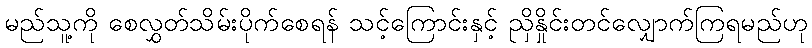
မည်သူ့ကို စေလွှတ်သိမ်းပိုက်စေရန် သင့်ကြောင်းနှင့် ညှိနှိုင်းတင်လျှောက်ကြရမည်ဟု